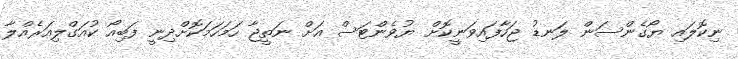
ނިކޮލައި ޔޯގެންސަން ލަނޑު ޖަހާފައިވަނީކޮށް ޔުވެންޓަސް އަށް ނަތީޖާ ހަމަހަމަކޮށްދިނީ ފަބިއޯ ކުއަގްލިއަރެއްލާ